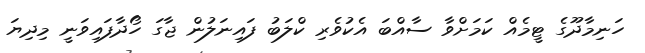
ހަނިމާދޫގެ ޓީމެއް ކަމަށްވާ ސާއްބަ އެކުވެރި ކްލަބު ފައިނަލުން ޖާގަ ހޯދާފައިވަނީ މިދިޔަ